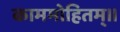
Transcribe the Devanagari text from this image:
काममोहितम्।।